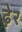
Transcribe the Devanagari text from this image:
ढे़र